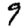
Digit: 9